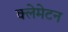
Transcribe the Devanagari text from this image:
क्लेमेटन